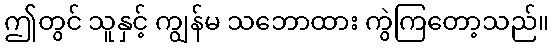
ဤတွင် သူနှင့် ကျွန်မ သဘောထား ကွဲကြတော့သည်။